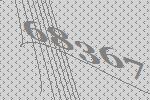
68367